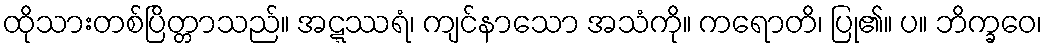
ထိုသားတစ်ပြိတ္တာသည်။ အဋ္ဋဿရံ၊ ကျင်နာသော အသံကို။ ကရောတိ၊ ပြု၏။ ပ။ ဘိက္ခဝေ၊